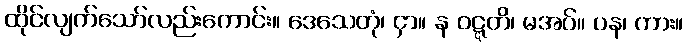
ထိုင်လျက်သော်လည်းကောင်း။ ဒေသေတုံ၊ ငှာ။ န ဝဋ္ဋတိ၊ မအပ်။ ပန၊ ကား။